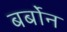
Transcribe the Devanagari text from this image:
बर्बोन